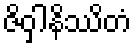
ဇိဝှါနိဿိတံ